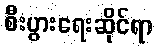
စီးပွားရေးဆိုင်ရာ